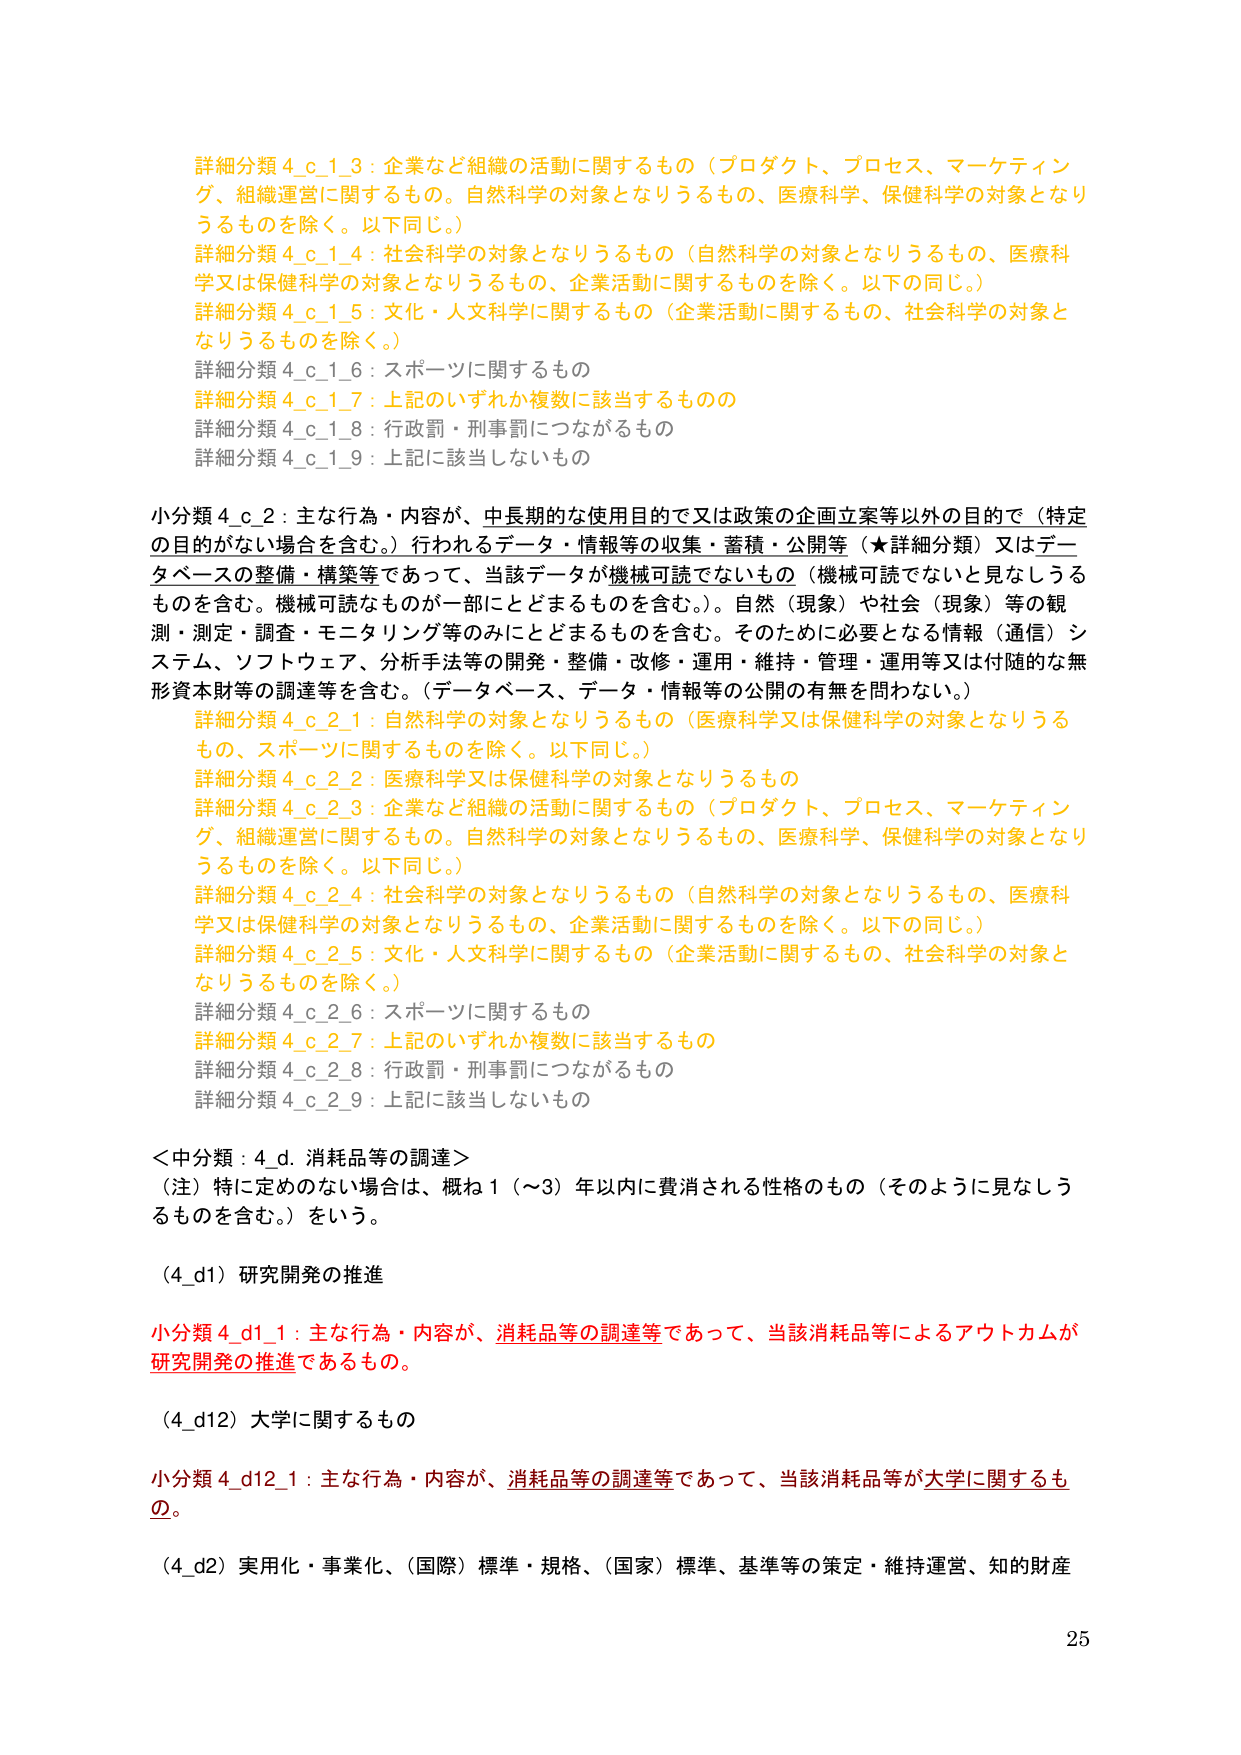
詳細分類 4_c_1_3：企業など組織の活動に関するもの（プロダクト、プロセス、マーケティング、組織運営に関するもの。自然科学の対象となりうるもの、医療科学、保健科学の対象となりうるものを除く。以下同じ。）

詳細分類 4_c_1_4：社会科学の対象となりうるもの（自然科学の対象となりうるもの、医療科学又は保健科学の対象となりうるもの、企業活動に関するものを除く。以下の同じ。）

詳細分類 4_c_1_5：文化・人文科学に関するもの（企業活動に関するもの、社会科学の対象となりうるものを除く。）

詳細分類 4_c_1_6：スポーツに関するもの

詳細分類 4_c_1_7：上記のいずれか複数に該当するものの

詳細分類 4_c_1_8：行政罰・刑事罰につながるもの

詳細分類 4_c_1_9：上記に該当しないもの

小分類 4_c_2：主な行為・内容が、中長期的な使用目的で又は政策の企画立案等以外の目的で（特定の目的がない場合を含む。）行われるデータ・情報等の収集・蓄積・公開等（★詳細分類）又はデータベースの整備・構築等であって、当該データが機械可読でないもの（機械可読でないと見なしうるものを含む。機械可読なものが一部にとどまるものを含む。）。自然（現象）や社会（現象）等の観測・測定・調査・モニタリング等のみにとどまるものを含む。そのためにな必要となる情報（通信）システム、ソフトウェア、分析手法等の開発・整備・改修・運用・維持・管理・運用等又は付随的な無形資本財等の調達等を含む。（データベース、データ・情報等の公開の有無を問わない。）

詳細分類 4_c_2_1：自然科学の対象となりうるもの（医療科学又は保健科学の対象となりうるもの、スポーツに関するものを除く。以下同じ。）

詳細分類 4_c_2_2：医療科学又は保健科学の対象となりうるもの

詳細分類 4_c_2_3：企業など組織の活動に関するもの（プロダクト、プロセス、マーケティング、組織運営に関するもの。自然科学の対象となりうるもの、医療科学、保健科学の対象となりうるものを除く。以下同じ。）

詳細分類 4_c_2_4：社会科学の対象となりうるもの（自然科学の対象となりうるもの、医療科学又は保健科学の対象となりうるもの、企業活動に関するものを除く。以下の同じ。）

詳細分類 4_c_2_5：文化・人文科学に関するもの（企業活動に関するもの、社会科学の対象となりうるものを除く。）

詳細分類 4_c_2_6：スポーツに関するもの

詳細分類 4_c_2_7：上記のいずれか複数に該当するもの

詳細分類 4_c_2_8：行政罰・刑事罰につながるもの

詳細分類 4_c_2_9：上記に該当しないもの

＜中分類：4_d. 消耗品等の調達＞
（注）特に定めのない場合は、概ね１（～3）年以内に費消される性格のもの（そのように見なしうるものを含む。）をいう。

（4_d1）研究開発の推進

小分類 4_d1_1：主な行為・内容が、消耗品等の調達等であって、当該消耗品等によるアウトカムが研究開発の推進であるもの。

（4_d12）大学に関するもの

小分類 4_d12_1：主な行為・内容が、消耗品等の調達等であって、当該消耗品等が大学に関するもの。

（4_d2）実用化・事業化、（国際）標準・規格、（国家）標準、基準等の策定・維持運営、知的財産

25